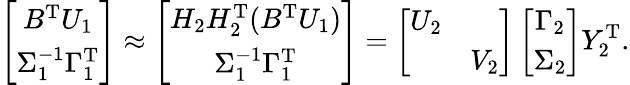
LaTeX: \left[\begin{array}{c}{B^{\mathrm{T}}U_{1}}\\ {\Sigma_{1}^{-1}\Gamma_{1}^{\mathrm T}}\end{array}\right]\approx\left[\begin{array}{c}{H_{2}H_{2}^{\mathrm{T}}(B^{\mathrm{T}}U_{1})}\\ {\Sigma_{1}^{-1}\Gamma_{1}^{\mathrm T}}\end{array}\right]=\left[\begin{array}{ll}{U_{2}}&\\ &{V_{2}}\end{array}\right]\left[\begin{array}{c}{\Gamma_{2}}\\ {\Sigma_{2}}\end{array}\right]Y_{2}^{\mathrm{T}}.